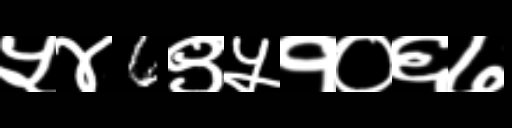
Text: ५४6९५१०६७